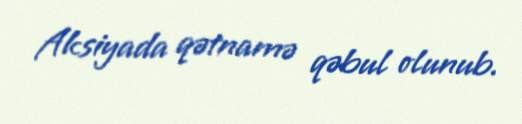
Aksiyada qətnamə qəbul olunub.